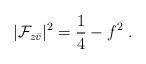
LaTeX: \begin{align*}| {\cal F}_{z \bar v}|^2 = \frac{1}{4} -f^2 \;.\end{align*}